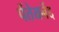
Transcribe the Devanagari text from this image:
पेंतेयर्नेद्द